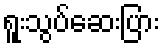
ရူးသွပ်ဆေးပြား